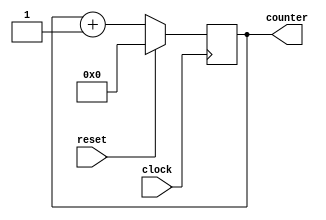
module clockCounter(
	input wire clock,
	input wire reset,
	output reg [15:0] counter);
	
	initial begin
		counter = 0;
	end
		
	always @(posedge clock) begin
		counter = counter + 1;
		if(reset == 1'b1) begin
			counter = 0;
		end
	end
endmodule